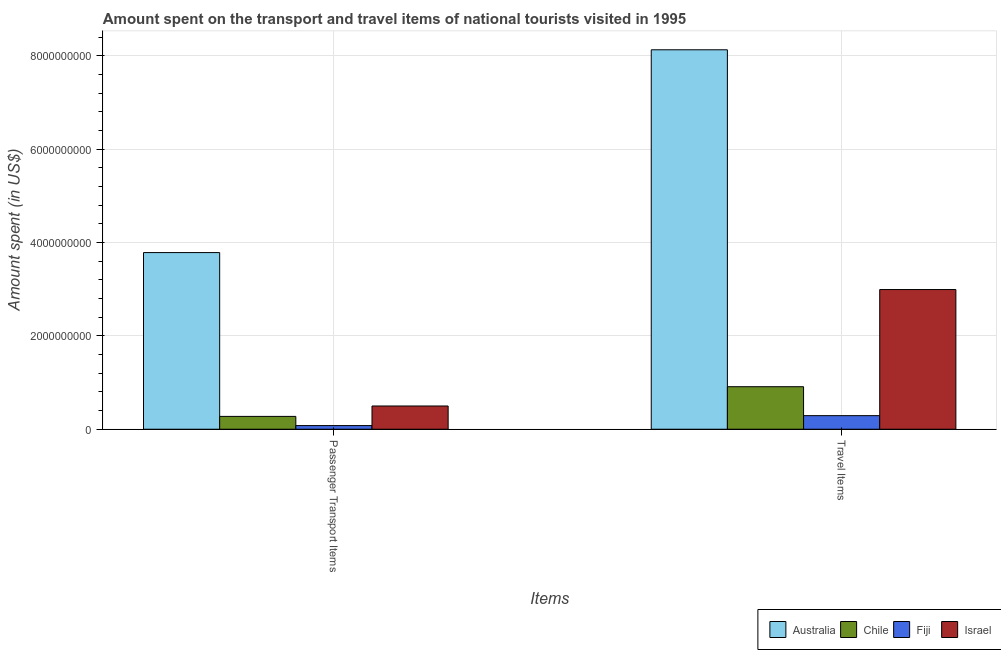
| Items | Australia | Chile | Fiji | Israel |
 | --- | --- | --- | --- | --- |
 | Passenger Transport Items | 3.78e+09 | 2.75e+08 | 7.8e+07 | 4.98e+08 |
 | Travel Items | 8.13e+09 | 9.11e+08 | 2.91e+08 | 2.99e+09 |